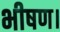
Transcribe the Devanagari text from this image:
भीषण।